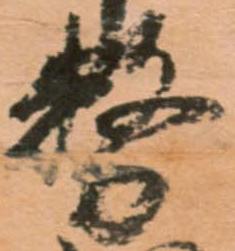
務